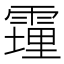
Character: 䨪